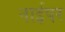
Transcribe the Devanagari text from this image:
नाईपर